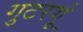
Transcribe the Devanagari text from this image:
गुटरगूं